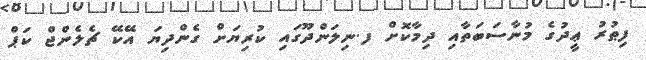
ފިޠުރު ޢީދުގެ މުނާސަބަތާއި ދިމާކޮށް ފ.ނިލަންދޫގައި ކުރިޔަށް ގެންދިޔަ އޭކޭ ޗެލެންޖް ކަޕް